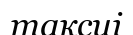
таксиі